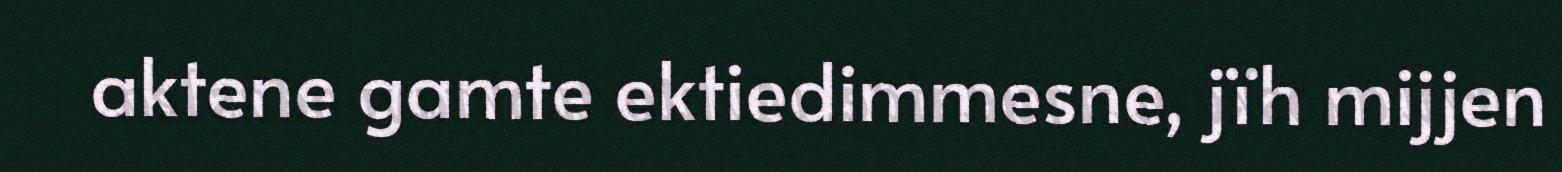
aktene gamte ektiedimmesne, jïh mijjen